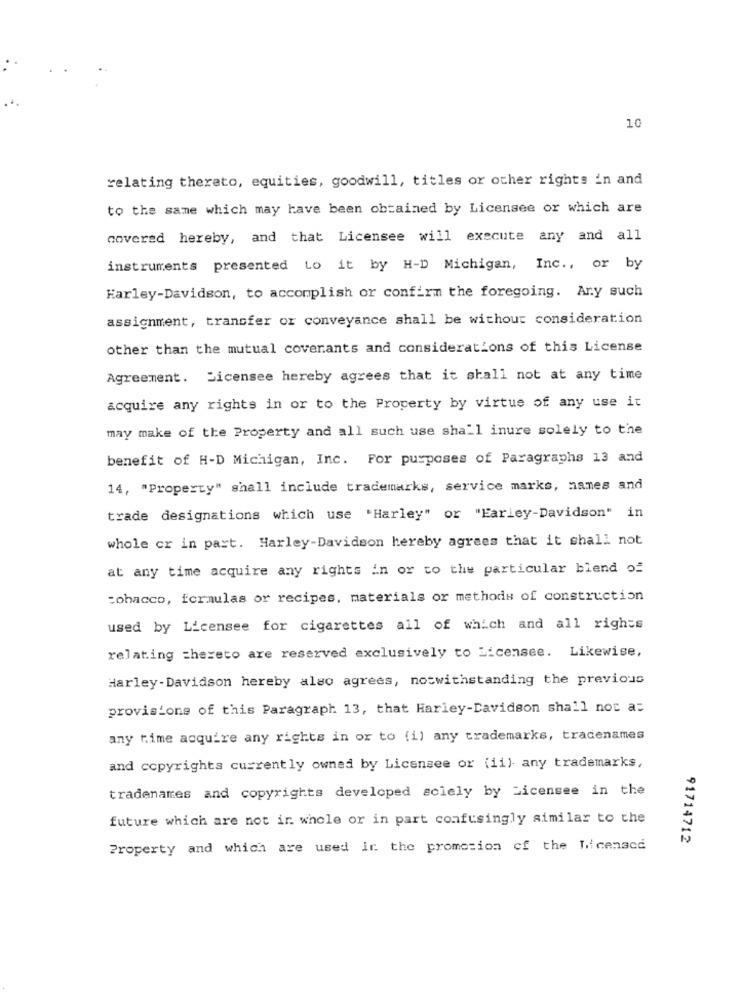
10
relating thereto, equities, goodwill, titles or other rights in and
to the same which may have been obtained by Licensee or which are
covered hereby, and that Licensee will execute any and all
instruments presented to it by H-D Michigan, Inc ., or by
Harley-Davidson, to accomplish or confirm the foregoing. Any such
assignment, transfer or conveyance shall be without consideration
other than the mutual covenants and considerations of this License
Agreement. Licensee hereby agrees that it shall not at any time
acquire any rights in or to the Property by virtue of any use it
may make of the Property and all such use shall inure solely to the
benefit of H-D Michigan, Inc. For purposes of Paragraphs 13 and
14, "Property" shall include trademarks, service marks, names and
trade designations which use 'Harley" or "Earley-Davidson" in
whole or in part. Harley-Davidson hereby agrees that it shall not
at any time acquire any rights in or to the particular blend of
tobacco, formulas or recipes, materials or methods of construction
used by Licensee for cigarettes all of which and all rights
relating =hereto are reserved exclusively to Licensee. Likewise,
Harley-Davidson hereby also agrees, notwithstanding the previous
provisions of this Paragraph 13, that Harley-Davidson shall not a:
any time acquire any rights in or to (i) any trademarks, tradenames
and copyrights currently owned by Licensee or (ii)- any trademarks,
tradenames and copyrights developed solely by Licensee in the
future which are not in whole or in part confusingly similar to the
91714712
Property and which are used in the promotion of the licenscd